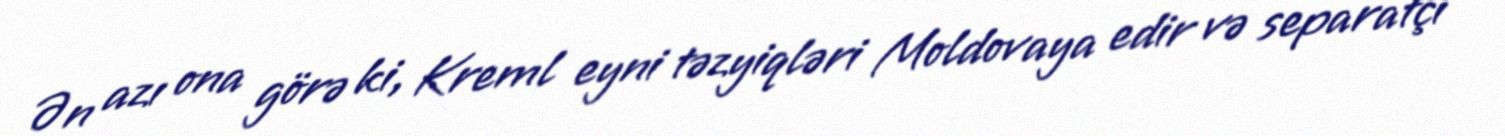
Ən azı ona görə ki, Kreml eyni təzyiqləri Moldovaya edir və separatçı